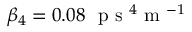
\beta _ { 4 } = 0 . 0 8 ~ \mathrm { ~ p ~ s ~ } ^ { 4 } \mathrm { ~ m ~ } ^ { - 1 }